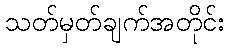
သတ်မှတ်ချက်အတိုင်း